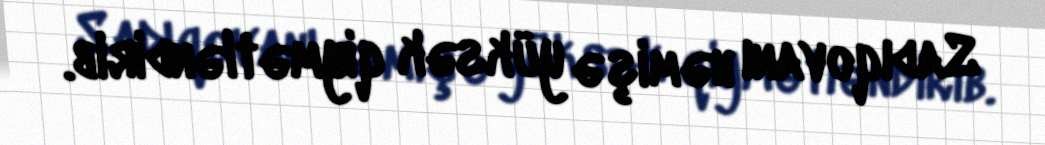
Sadıqovanı həmişə yüksək qiymətləndirib.